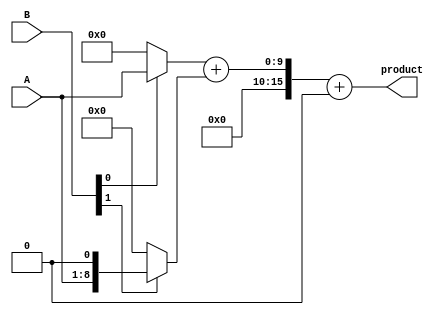
module higher_radix_wallace_tree_multiplier #(
    parameter N = 8  // Bit-width of inputs
) (
    input [N-1:0] A,
    input [N-1:0] B,
    output reg [2*N-1:0] product
);

    // Intermediate signals for partial products
    wire [2*N-1:0] pp [0:N-1]; // Partial products
    wire [2*N:0] sum [0:N-1];  // Sums for reduction stage
    wire [N:0] carry [0:N-1];   // Carry signals for reduction stage

    // Partial Product Generation (Radix-8)
    generate
        genvar i;
        for (i = 0; i < N; i = i + 1) begin : pp_gen
            assign pp[i] = (B[i]) ? (A << i) : 0; // Generate partial product
        end
    endgenerate

    // Wallace Tree Reduction Stage
    // This example uses a simple reduction mechanism
    integer j;
    always @(*) begin
        // Initialize sums and carry
        for (j = 0; j < N; j = j + 1) begin
            sum[j] = 0;
            carry[j] = 0;
        end

        // Step 1: Initial addition of partial products
        for (j = 0; j < N; j = j + 1) begin
            sum[j] = pp[j];
        end
        
        // Step 2: Reduce the sums using carry-save logic
        for (j = 0; j < N-1; j = j + 1) begin
            {carry[j+1], sum[j]} = sum[j] + sum[j+1]; // Carry-save adder 
        end

        // Final addition of remaining rows
        product = sum[0] + carry[N-1];
    end

endmodule